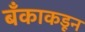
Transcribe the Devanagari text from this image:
बँकाकडून